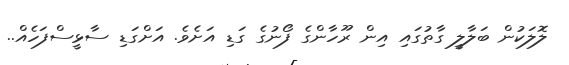
ލޮލަކުން ބަލާލީ ގާތުގައި އިން ރޫހާންގެ ފޯނުގެ ގަޑި އަށެވެ. އަށްގަޑި ސާޅީސްފަހެއް..